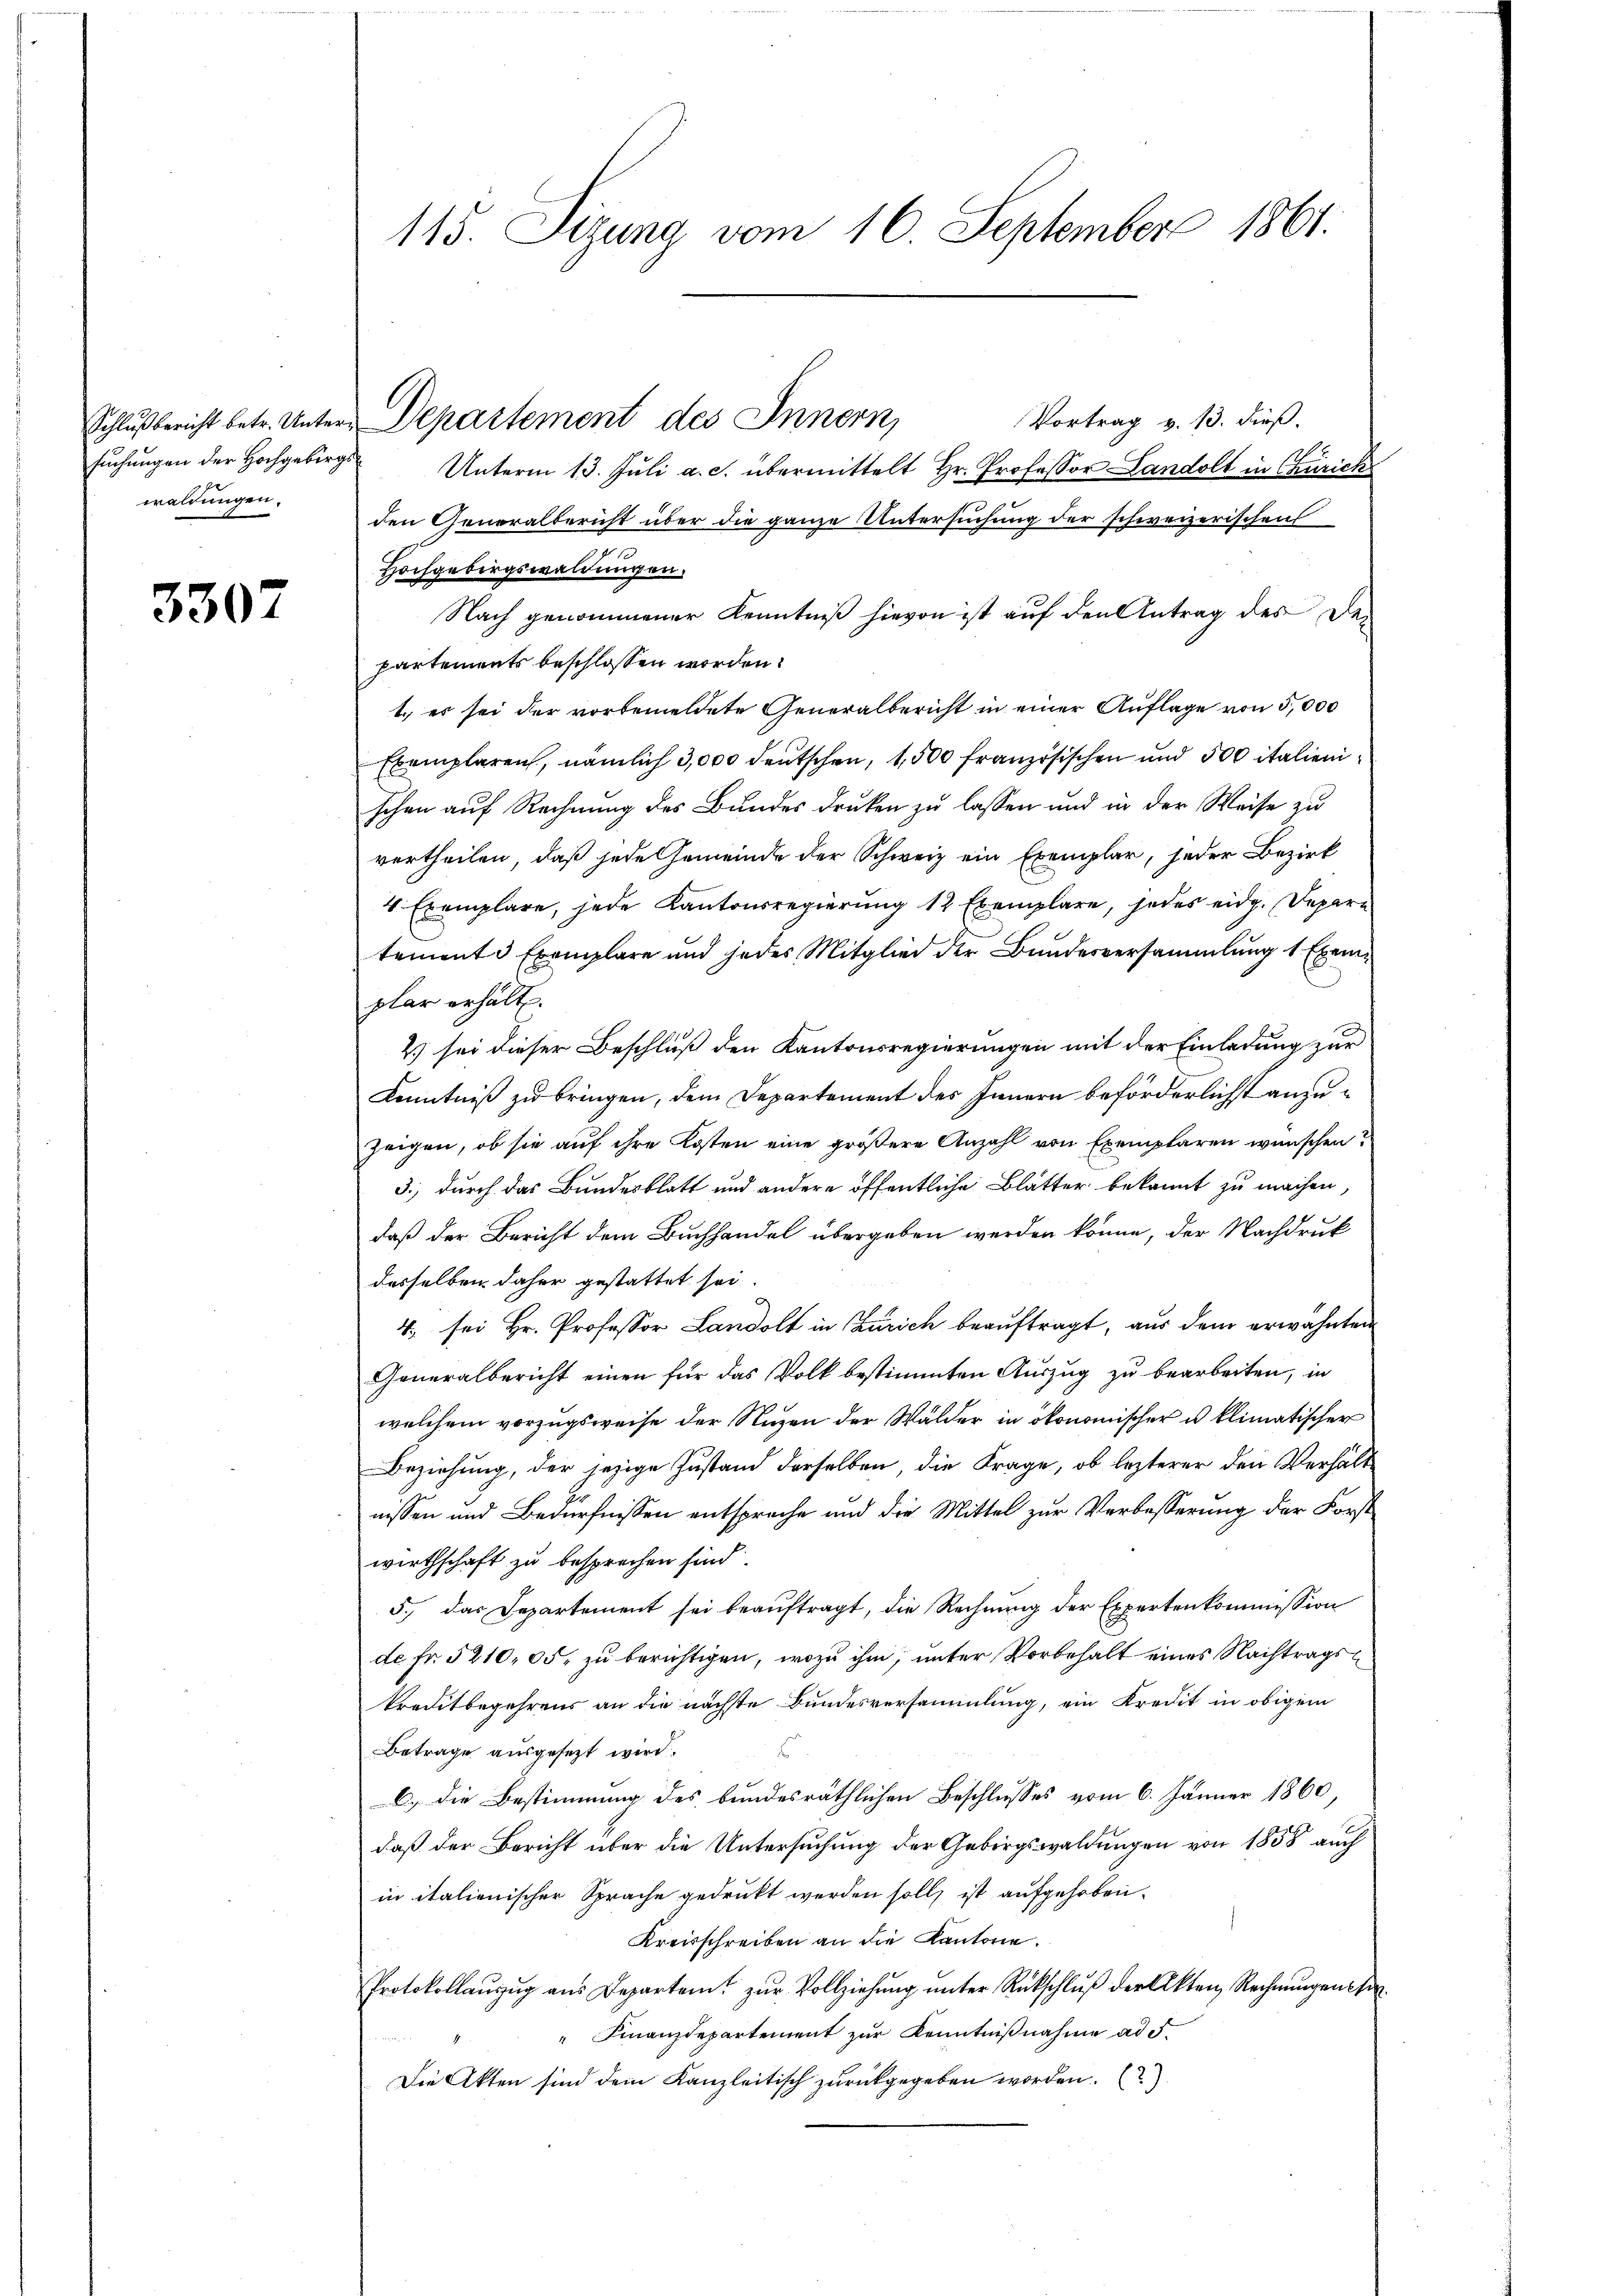
suchungen der Hochgebirgswaldungen.

3307

115. Sizung vom 16. September 1861.

Schlußbericht betr. Unter-Departement des Innern,

Vortrag v. 13. dieß.
Unterm 13. Juli a. c. übermittelt Hr. Professor Landolt in Churich
den Generalbericht über die ganze Untersuchung der schweizerischen
n
Hochgebirgswaldungen.
Nach genommener Kenntniß hievon ist auf den Antrag des Den
partements beschlossen worden.
1. es sei der vorbemeldete Generalbericht in einer Auflage von 5,000
Exemplaren, nämlich 3,000 deutschen, 1,500 französischen und 500 italienischen auf Rechnung des Bundes drucken zu lassen und in der Weise zu
vertheilen, daß jede Gemeinde der Schweiz ein Exemplar, jeder Bezirk
4 Exemplare, jede Kantonsregierung 12 Exemplare, jedes eidg. Depari
temente Exemplare und jedes Mitglied der Bundesversammlung 1 Exemplar erhält.
2) sei dieser Beschluß den Kantonsregierungen mit der Einladung zur
Kenntniß zu bringen, dem Departement des Innern beförderlichst anzuzeigen, ob sie auf ihre Kosten eine größere Anzahl von Exemplaren wünschen?
3.) durch das Bundesblatt und andere öffentliche Blätter bekannt zu machen,
daß der Bericht dem Buchhandel übergeben werden könne, der Nachdruk
desselben daher gestattet sei.
4. sei Hr. Professor Landolt in Zürich beauftragt, aus dem erwähnten
Generalbericht einen für das Volk bestimmten Auszug zu bearbeiten, in
welchem vorzugsweise der Nuzen der Wälder in ökonomischer es klimatischer
Beziehung, der jezige Zustand derselben, die Frage, ob lezterer den Verhältnissen und Bedürfnissen entspreche und die Mittel zur Verbesserung der Forst
wirthschaft zu besprechen sind.
5., das Departement sei beauftragt, die Rechnung der Expertenkommission
de Fr. 5210, 05 zu berichtigen, wozu ihm, unter Vorbehalt eines Nachtragskreditbegehrens an die nächste Bundesversammlung, ein Kredit in obigem
Betrage ausgesezt wird.
6
B) Die Bestimmung des bundesräthlichen Beschlusses vom 6. Jänner 1860,
daß der Bericht über die Untersuchung der Gebirgswaldungen von 1858 auch
in italienischer Sprache gedruckt werden soll ist aufgehoben.
Kreisschreiben an die Kantone.
Protokollauszug aus Departem zur Vollziehung unter Rückschluß der Akten Rechnungen eher¬
" Finanzdepartement zur Kenntnißnahme ad 5.
Die Akten sind dem Kanzleitisch zurückgegeben worden. (2)